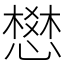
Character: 𢡟